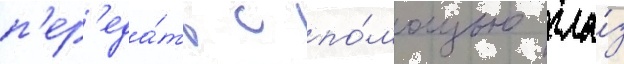
п'ер'еда́ть с по́мощью гла́з